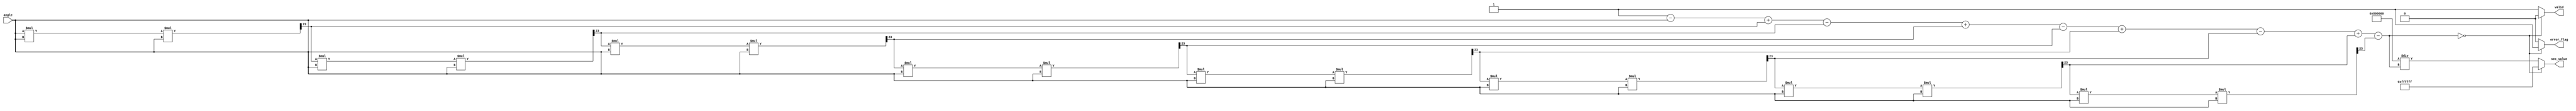
module secant (
    input  [23:0] angle,      // Input angle in radians (Q23 format)
    output reg [23:0] sec_value, // Output secant value (Q23 format)
    output reg valid,         // Output valid signal
    output reg error_flag     // Error flag for division by zero
);

    // Internal signals
    reg [23:0] cos_value;     // Cosine value (Q23 format)
    reg [23:0] reciprocal;     // Reciprocal of cosine (Q23 format)

    // Function to compute cosine using a simple Taylor series approximation
    function [23:0] compute_cosine;
        input [23:0] x;
        reg [23:0] term;
        reg [23:0] sum;
        integer i;
        begin
            sum = 24'h1; // cos(0) = 1
            term = x;    // Start with x
            for (i = 1; i < 10; i = i + 1) begin
                if (i % 2 == 1) begin
                    sum = sum - term; // Odd terms are subtracted
                end else begin
                    sum = sum + term; // Even terms are added
                end
                term = (term * x * x) >> 23; // x^2 / n! (approximation)
            end
            compute_cosine = sum;
        end
    endfunction

    // Always block to compute secant
    always @(*) begin
        // Compute cosine of the input angle
        cos_value = compute_cosine(angle);

        // Check for division by zero
        if (cos_value == 24'h0) begin
            sec_value = 24'hFFFFFFFF; // Set to a predefined value or NaN
            error_flag = 1'b1;        // Set error flag
            valid = 1'b0;             // Invalid output
        end else begin
            reciprocal = 24'h800000 / cos_value; // Calculate reciprocal (1/cos)
            sec_value = reciprocal;      // Set secant value
            error_flag = 1'b0;          // Clear error flag
            valid = 1'b1;               // Valid output
        end
    end

endmodule